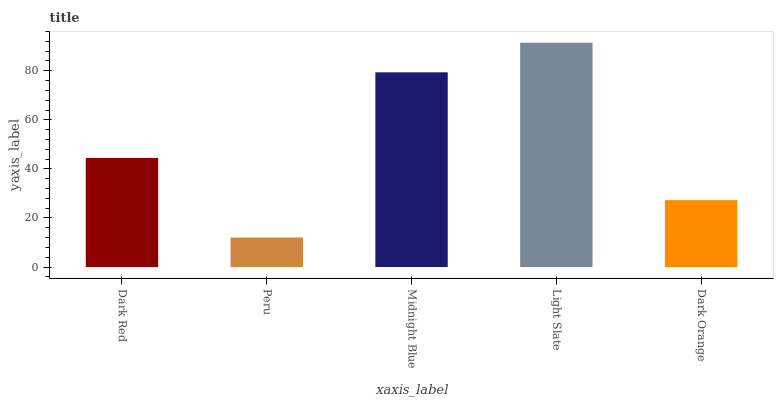
| xaxis_label | bars |
 | --- | --- |
 | Dark Red | 44.5 |
 | Peru | 12 |
 | Midnight Blue | 79.4 |
 | Light Slate | 91.5 |
 | Dark Orange | 27.3 |